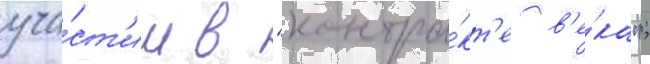
уча́ст'ии в "контра́кт'е в'е́ка";